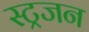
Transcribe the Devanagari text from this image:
स्ट्रजन